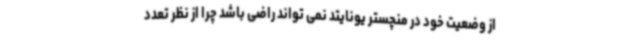
از وضعیت خود در منچستر یونایتد نمی تواند راضی باشد چرا از نظر تعدد